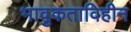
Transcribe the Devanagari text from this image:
भावुकताविहीन